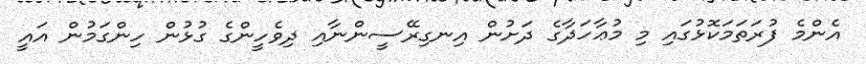
އެންމެ ފުރަތަމަކޮޅުގައި މި މުޢާހަދާގެ ދަށުން އިނގިރޭސީންނާއި ދިވެހީންގެ ގުޅުން ހިންގަމުން އައީ